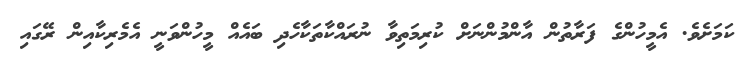
ކަމަށެވެ. އެމީހުންގެ ފަރާތުން އާންމުންނަށް ކުރިމަތިވާ ނުރައްކާތަކާހެދި ބައެއް މީހުންވަނީ އެމެރިކާއިން ރޭގައި